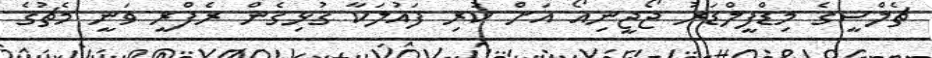
ޗެލްސީގެ މިޑްފީލްޑަރު ޖޯޖީނިއޯ އަށް ކުރި ފައުލަކާ ގުޅިގެން ރެފްރީ ވަނީ މެޗުގެ